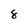
Character: 8